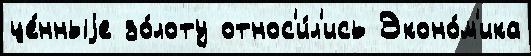
це́нныjе зо́лоту относ'и́л'ись Эконо́м'ика